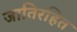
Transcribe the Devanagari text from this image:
जातिरहित